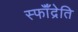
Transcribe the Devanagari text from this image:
स्फॉँद्रेति